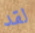
لقد